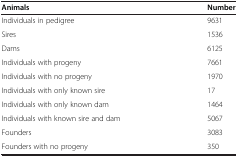
| Animals | Number |
 | --- | --- |
 | Individuals in pedigree | 9631 |
 | Sires | 1536 |
 | Dams | 6125 |
 | Individuals with progeny | 7661 |
 | Individuals with no progeny | 1970 |
 | Individuals with only known sire | 17 |
 | Individuals with only known dam | 1464 |
 | Individuals with known sire and dam | 5067 |
 | Founders | 3083 |
 | Founders with no progeny | 350 |